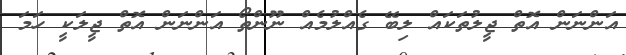
އަންނަން އޮތް ޖީލުތަކައް ލިބޭ ގެއްލުމެއް ނޫންތޯ އަންނަން އޮތް ޖީލަކީ ހަމަ